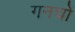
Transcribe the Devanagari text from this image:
गनचों